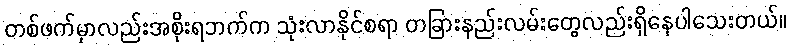
တစ်ဖက်မှာလည်းအစိုးရဘက်က သုံးလာနိုင်စရာ တခြားနည်းလမ်းတွေလည်းရှိနေပါသေးတယ်။